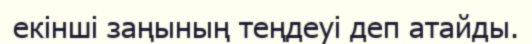
екінші заңының теңдеуі деп атайды.